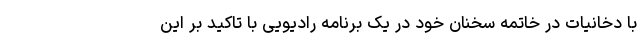
با دخانیات در خاتمه سخنان خود در یک برنامه رادیویی با تاکید بر این